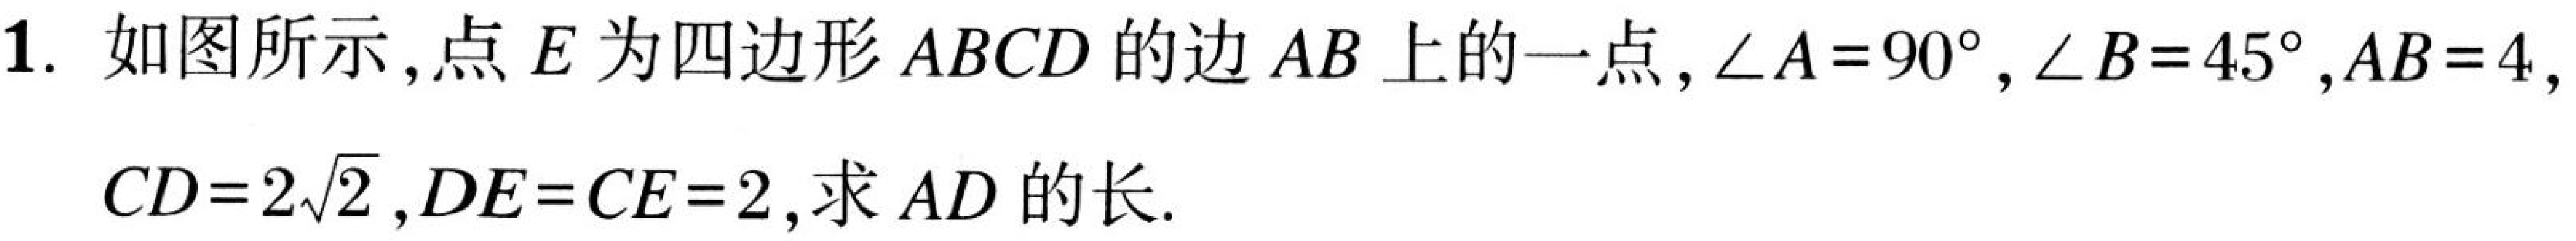
1. 如图所示，点\(E\)为四边形\(ABCD\)的边\(AB\)上的一点，\(\angle A = 90^{\circ}\)，\(\angle B = 45^{\circ}\)，\(AB = 4\)，\(CD = 2\sqrt{2}\)，\(DE = CE = 2\)，求\(AD\)的长.